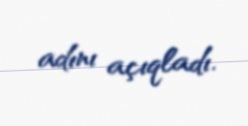
adını açıqladı.